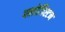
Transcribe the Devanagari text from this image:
फ्लोजिस्टन